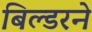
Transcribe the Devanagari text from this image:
बिल्डरने